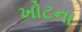
ખોટના